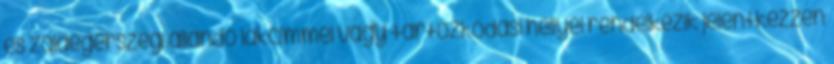
és zalaegerszegi állandó lakcímmel vagy tartózkodási hellyel rendelkezik jelentkezzen